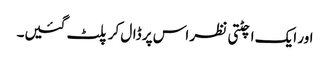
اور ایک اچٹتی نظر اس پر ڈال کر پلٹ گئیں۔